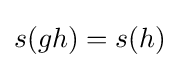
s(gh)=s(h)